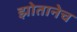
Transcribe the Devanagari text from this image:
झोतानेच